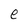
Character: e